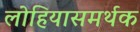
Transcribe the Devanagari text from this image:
लोहियासमर्थक